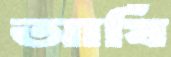
আর্ষি